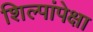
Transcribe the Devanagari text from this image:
शिल्पांपेक्षा